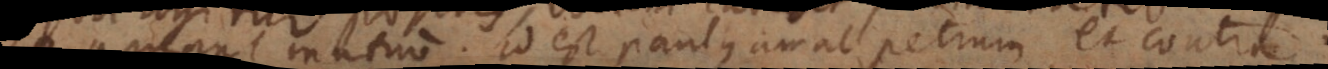
amant mutuo. Id est Paulus amat Petrum, et contra.